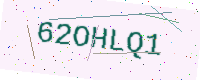
Text: 62OHLQ1